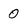
Character: 0